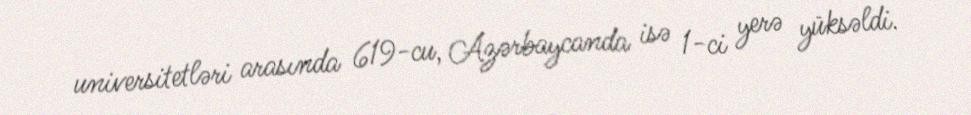
universitetləri arasında 619-cu, Azərbaycanda isə 1-ci yerə yüksəldi.